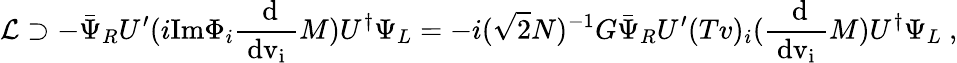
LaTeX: {\cal L}\supset-\bar{\Psi}_{R}U^{\prime}(i\mathrm{Im}\Phi_{i}\mathrm{\frac{~d}{~dv_{i}~}}M)U^{\dagger}\Psi_{L}=-i(\sqrt{2}N)^{-1}G\bar{\Psi}_{R}U^{\prime}(Tv)_{i}(\mathrm{\frac{~d}{~dv_{i}~}}M)U^{\dagger}\Psi_{L}\ ,